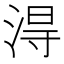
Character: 淂